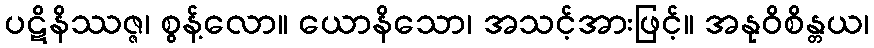
ပဋိနိဿဇ္ဇ၊ စွန့်လော။ ယောနိသော၊ အသင့်အားဖြင့်။ အနုဝိစိန္တယ၊